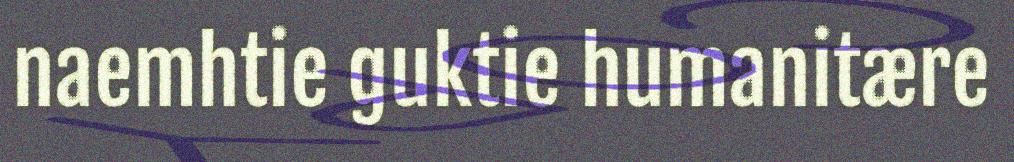
naemhtie guktie humanitære